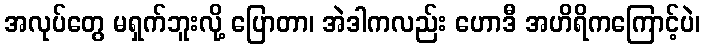
အလုပ်တွေ မရှက်ဘူးလို့ ပြောတာ၊ အဲဒါကလည်း ဟောဒီ အဟိရိကကြောင့်ပဲ၊